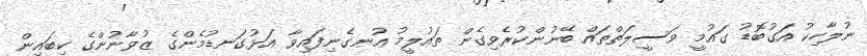
ނުލާހިކު އަގުބޮޑު ގައުމީ ވަސީލަތްތައް ބޭނުންކުރެވިގެން ތައުލީމު އުނގެނިފައިވާ އަޅުގަނޑުމެންގެ ޒުވާނުންގެ ކިބައިން